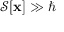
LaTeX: { \mathcal { S } } [ \mathbf { x } ] \gg \hbar